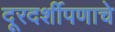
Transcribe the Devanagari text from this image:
दूरदर्शीपणाचे